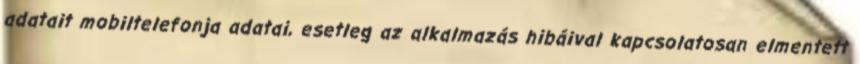
adatait mobiltelefonja adatai, esetleg az alkalmazás hibáival kapcsolatosan elmentett